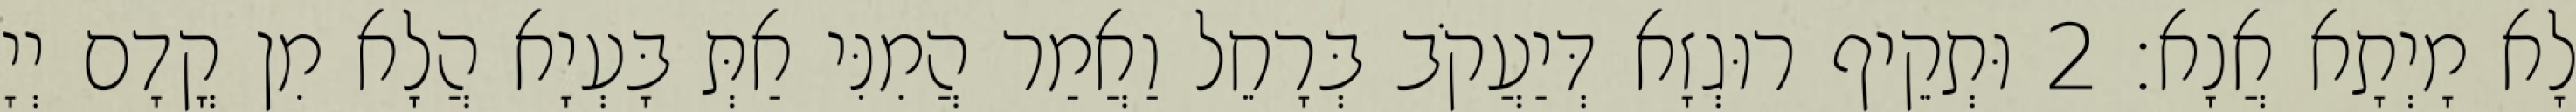
לָא מָיְתָא אֲנָא׃ 2 וּתְקֵיף רוּגְזָא דְּיַעֲקֹב בְּרָחֵל וַאֲמַר הֲמִנִּי אַתְּ בָּעְיָא הֲלָא מִן קֳדָם יְיָ